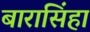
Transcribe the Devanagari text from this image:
बारासिंहा